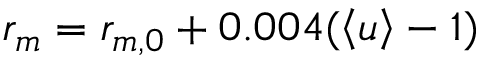
r _ { m } = r _ { m , 0 } + 0 . 0 0 4 ( \left< { u } \right> - 1 )